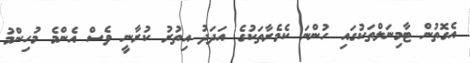
އެގޮތުން ޓާމިނަލްތަކުގައި ހުންނަ ކެމެރާތަކުގެ އަދަދު އިތުރު ކުރާނީ ވެސް އެންމެ މުހިންމު